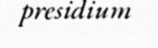
presidium